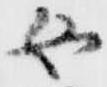
女